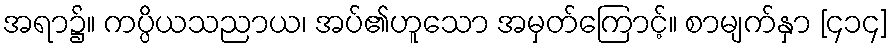
အရာ၌။ ကပ္ပိယသညာယ၊ အပ်၏ဟူသော အမှတ်ကြောင့်။ စာမျက်နှာ [၄၁၄]